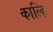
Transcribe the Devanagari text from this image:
काल्हि